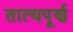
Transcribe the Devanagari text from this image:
तात्यपूर्ण